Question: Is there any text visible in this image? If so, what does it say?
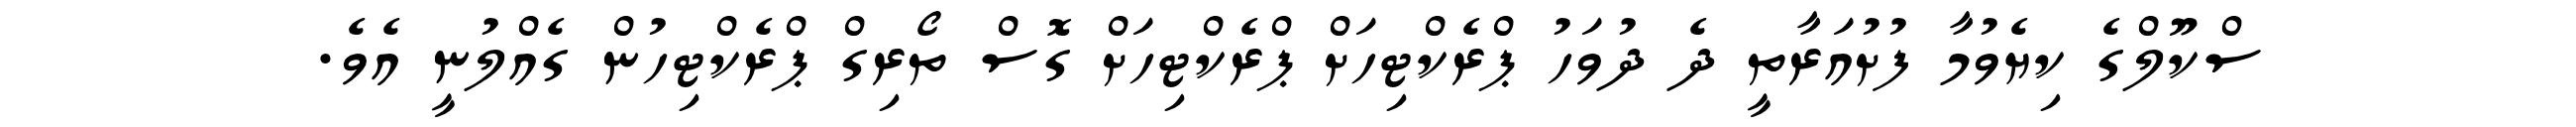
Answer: ސްކޫލްގެ ކިޔެވުމާ ފުށުއަރާތީ ދެ ދުވަހު ޕްރެކްޓިހަށް ޕްރެކްޓިހަށް ގޮސް ތޯރިގް ޕްރެކްޓިހުން ގެއްލުނީ އެވެ.